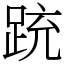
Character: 䟲